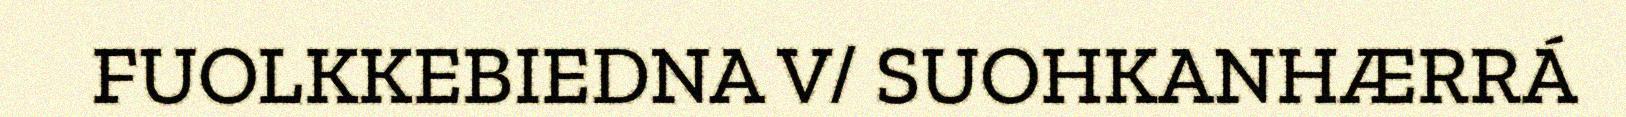
FUOLKKEBIEDNA V/ SUOHKANHÆRRÁ